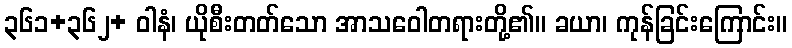
၃၆၁+၃၆၂+ ဝါနံ၊ ယိုစီးတတ်သော အာသဝေါတရားတို့၏။ ခယာ၊ ကုန်ခြင်းကြောင်း။